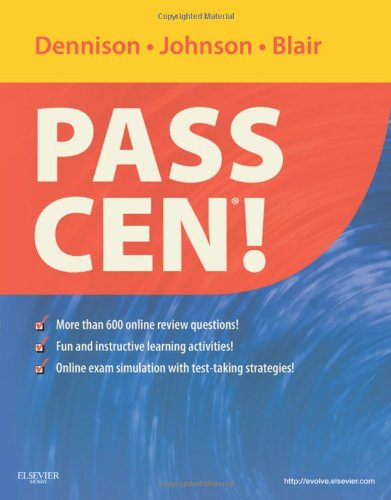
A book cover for PASS CEN!, 1e; Robin Donohoe Dennison DNP  APRN  CCNS  CEN  CNE; Test Preparation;